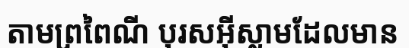
តាមព្រពៃណី បុរសអ៊ីស្លាមដែលមាន